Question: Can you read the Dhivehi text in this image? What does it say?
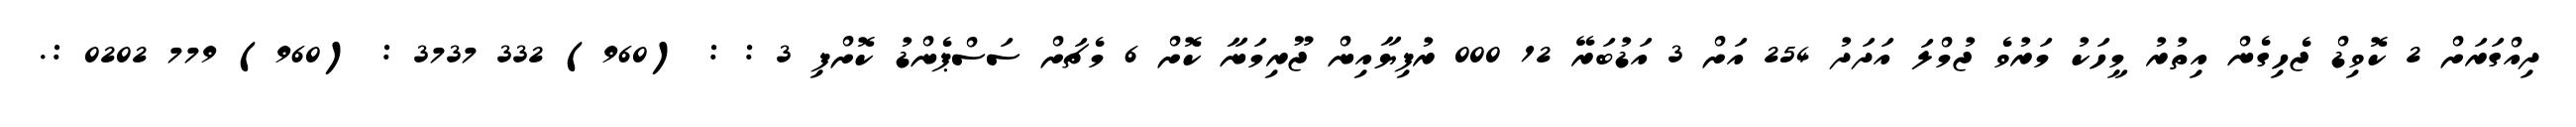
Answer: ދިއްގަރަށް 2 ކޮވިޑް ޖެހިގެން އިތުރު މީހަކު މަރުވެ ޖުމްލަ އަދަދު 254 އަށް 3 އަޑުބަރޭ 12 000 ރުފިޔާއިން ޖޫރިމަނާ ކޮށް 6 މެޗަށް ސަސްޕެންޑު ކޮށްފި 3 : : (960) 332 3737 : (960) 779 0202 :.